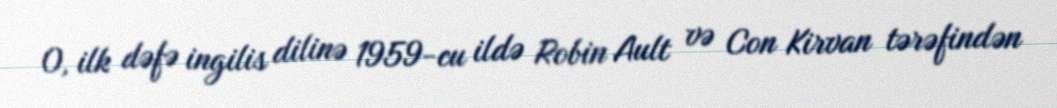
O, ilk dəfə ingilis dilinə 1959-cu ildə Robin Ault və Con Kirvan tərəfindən